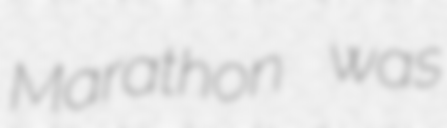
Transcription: Marathon was